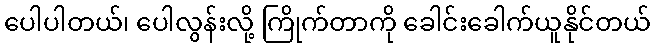
ပေါပါတယ်၊ ပေါလွန်းလို့ ကြိုက်တာကို ခေါင်းခေါက်ယူနိုင်တယ်